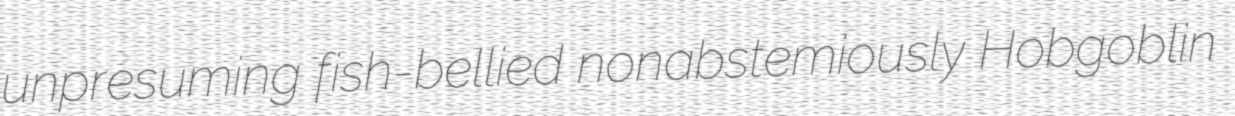
unpresuming fish-bellied nonabstemiously Hobgoblin